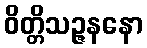
ဝိတ္တိသဉ္ဇနနော